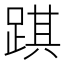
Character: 踑